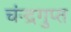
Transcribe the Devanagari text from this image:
चंन्द्रगुप्त